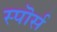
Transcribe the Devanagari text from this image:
स्पॊर्स